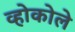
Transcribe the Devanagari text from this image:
व्होकोले